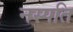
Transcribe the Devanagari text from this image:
नस्पति